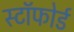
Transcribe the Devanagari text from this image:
स्टॉफोर्ड